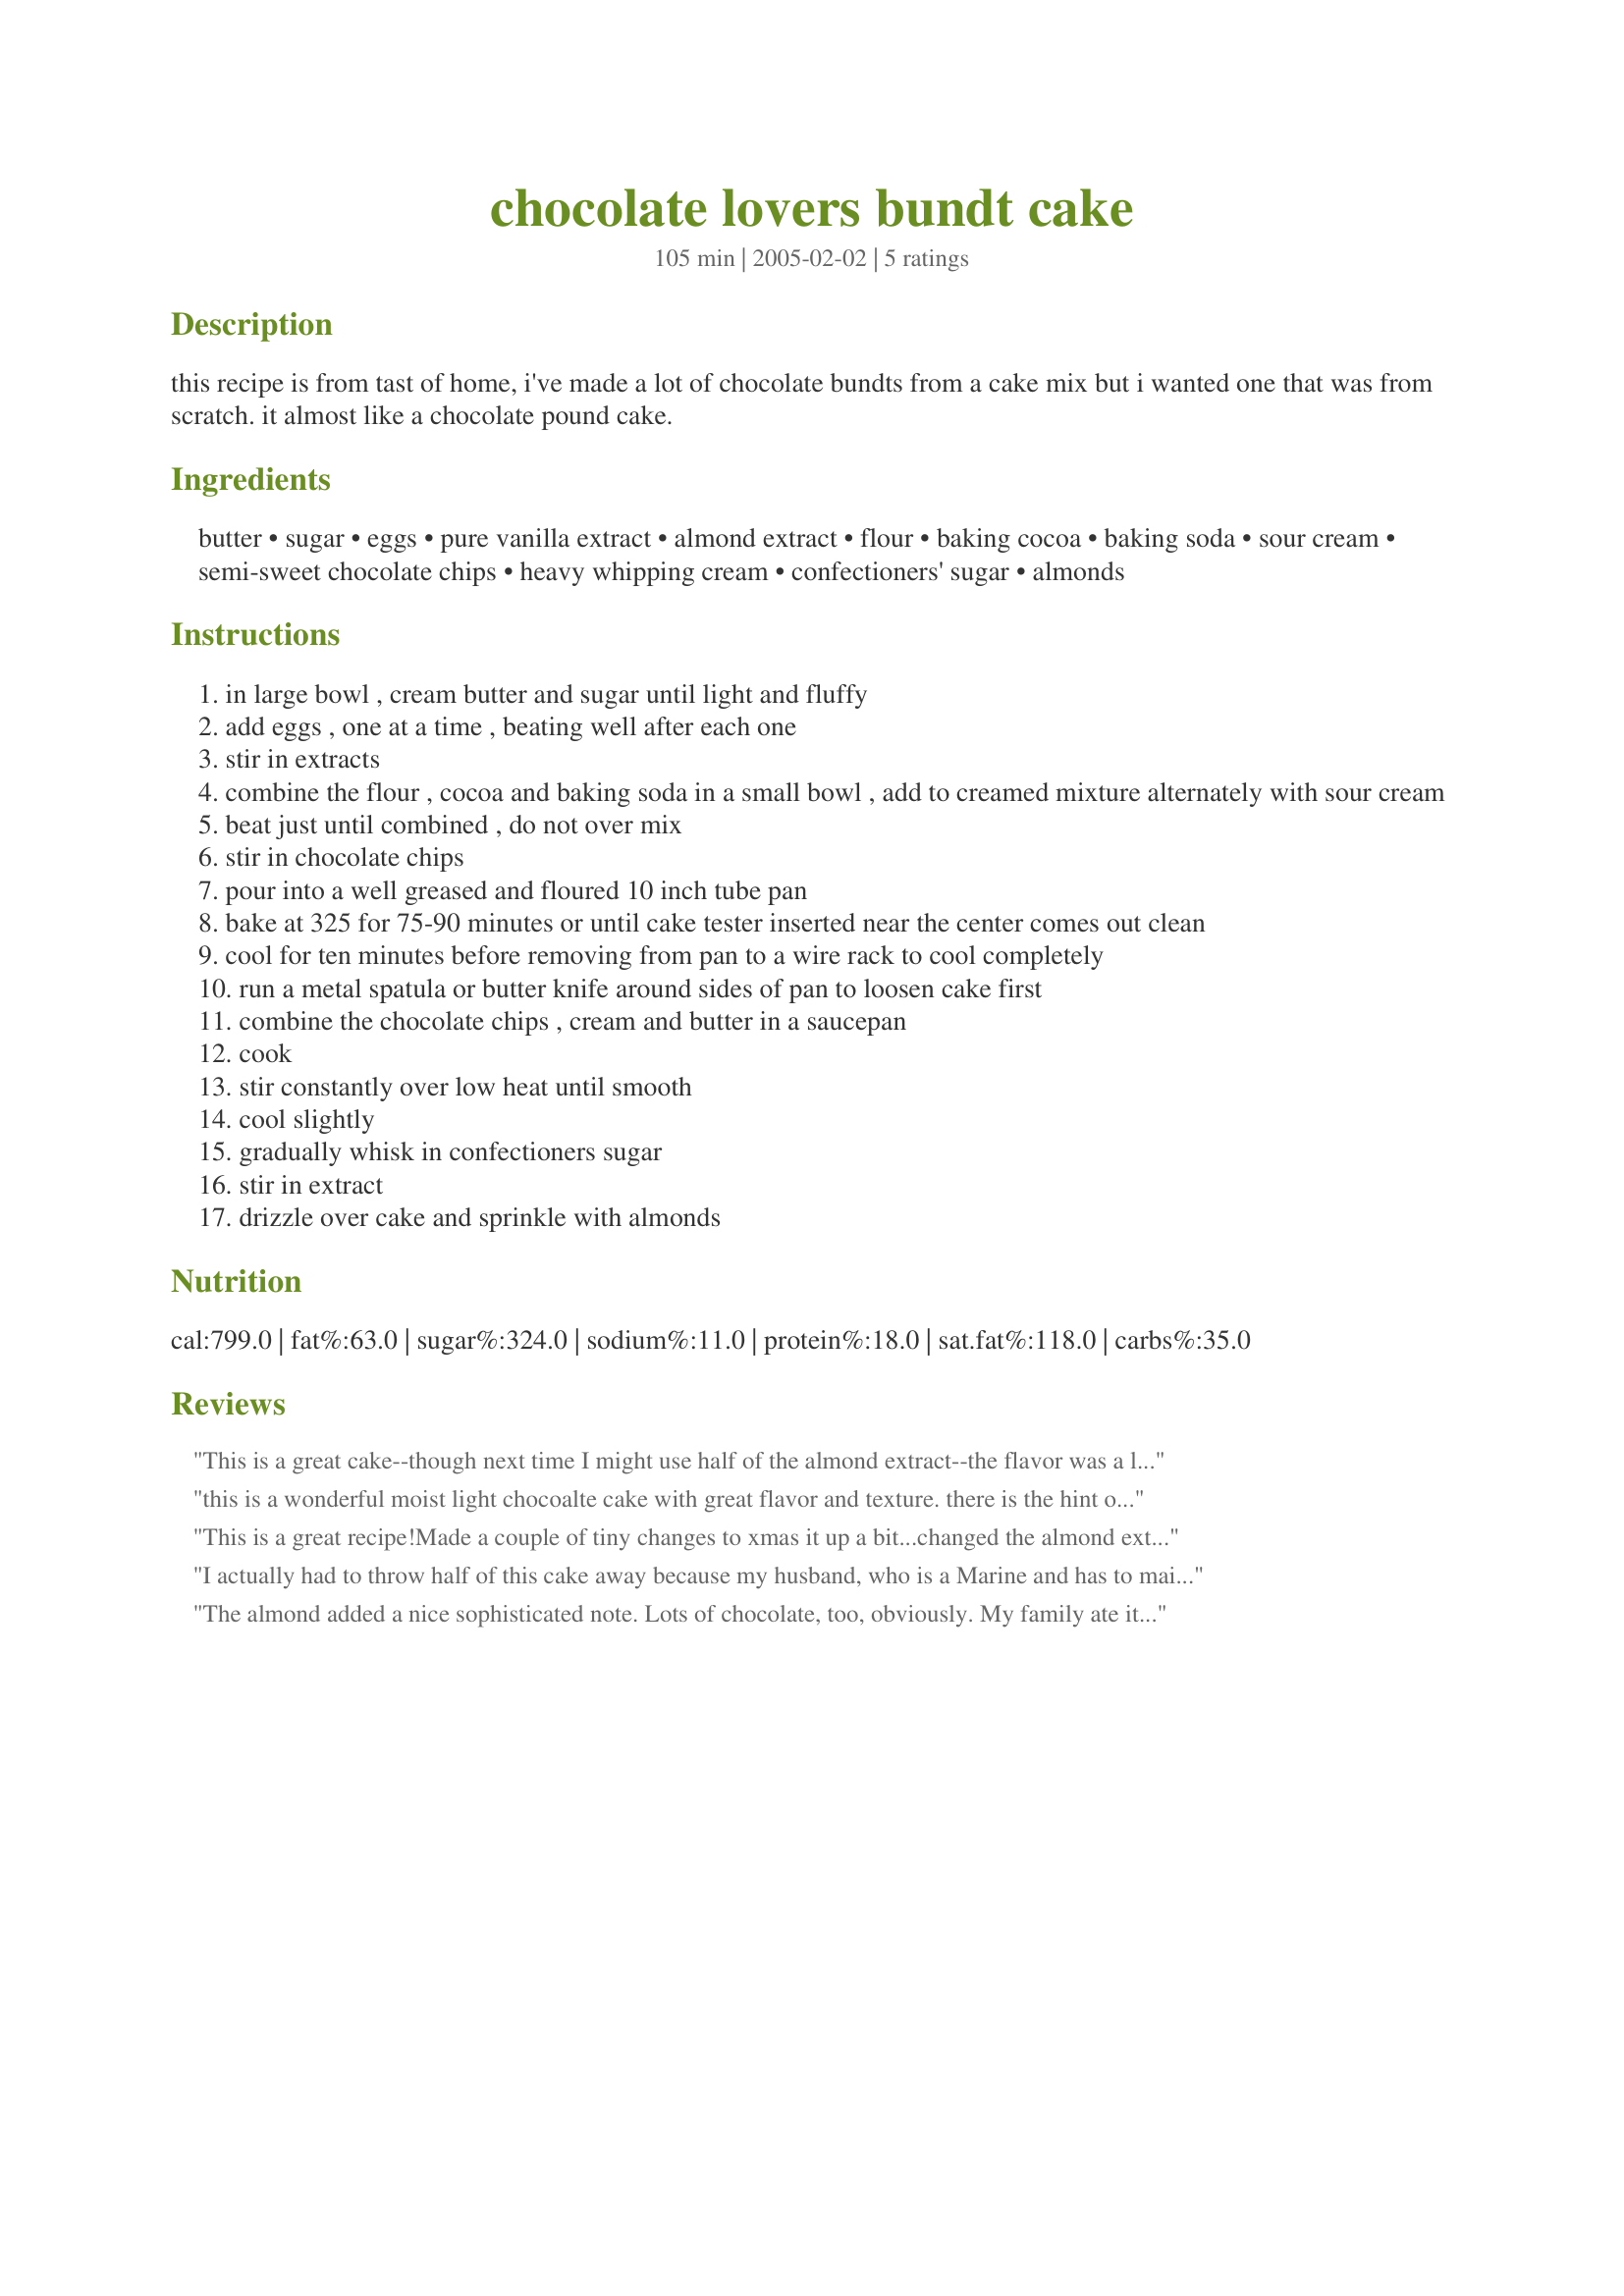
chocolate lovers bundt cake
Preparation time: 105 minutes

this recipe is from tast of home, i've made a lot of chocolate bundts from a cake mix but i wanted one that was from scratch. it almost like a chocolate pound cake.

Ingredients:
butter, sugar, eggs, pure vanilla extract, almond extract, flour, baking cocoa, baking soda, sour cream, semi-sweet chocolate chips, heavy whipping cream, confectioners' sugar, almonds

Steps:
in large bowl , cream butter and sugar until light and fluffy
add eggs , one at a time , beating well after each one
stir in extracts
combine the flour , cocoa and baking soda in a small bowl , add to creamed mixture alternately with sour cream
beat just until combined , do not over mix
stir in chocolate chips
pour into a well greased and floured 10 inch tube pan
bake at 325 for 75-90 minutes or until cake tester inserted near the center comes out clean
cool for ten minutes before removing from pan to a wire rack to cool completely
run a metal spatula or butter knife around sides of pan to loosen cake first
combine the chocolate chips , cream and butter in a saucepan
cook
stir constantly over low heat until smooth
cool slightly
gradually whisk in confectioners sugar
stir in extract
drizzle over cake and sprinkle with almonds

Reviews:
This is a great cake--though next time I might use half of the almond extract--the flavor was a little much for me. (I can't speak to the glaze as I made the cake for Valentine's and used a "pink" chocolate ganache with white chocolate drizzle instead!) I will definitely make this again! (Second time with just a hint less almond was perfect! Thank you for this fab recipe!)
this is a wonderful moist light chocoalte cake with great flavor and texture. there is the hint of almond flavor and the glaze, which i made in the microwave, is just wonderful . this one is a keeper!
This is a great recipe!<br/>Made a couple of tiny changes to xmas it up a bit...<br/>changed the almond extract to peppermint extract, glazed with a mint chocolate glaze and sprinkled crushed candy canes on the glaze before it set to make this a xmas recipe- Yummy! and pretty
I actually had to throw half of this cake away because my husband, who is a Marine and has to maintain excellent shape, could not stop eating it. I even tried hiding it and he found it. I'm talking he ate half this cake in an afternoon. I used a plain vanilla/powdered sugar drizzled icing over it. Excellent flavor, excellent texture.
The almond added a nice sophisticated note. Lots of chocolate, too, obviously. My family ate it right up. Mmmm...
